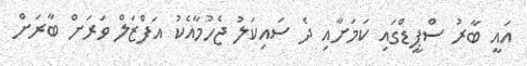
އައީ ބާރު ސްޕީޑްގައި ކަމަށާއި ދެ ސައިކަލު ޖެހުމާއެކު އަފްޒަލް ވަރަށް ބާރަށް